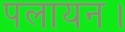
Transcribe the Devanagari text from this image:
पलायन।